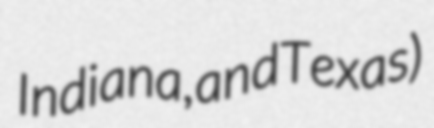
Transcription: Indiana, and Texas)